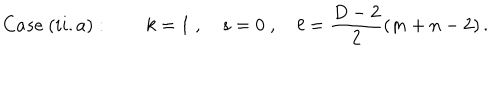
LaTeX: C a s e \ ( i i . a ) : \qquad k = 1 \; , \quad s = 0 \; , \quad \ell = \frac { D - 2 } { 2 } ( m + n - 2 ) \, .